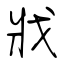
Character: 戕